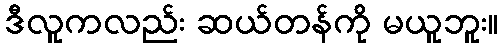
ဒီလူကလည်း ဆယ်တန်ကို မယူဘူး။